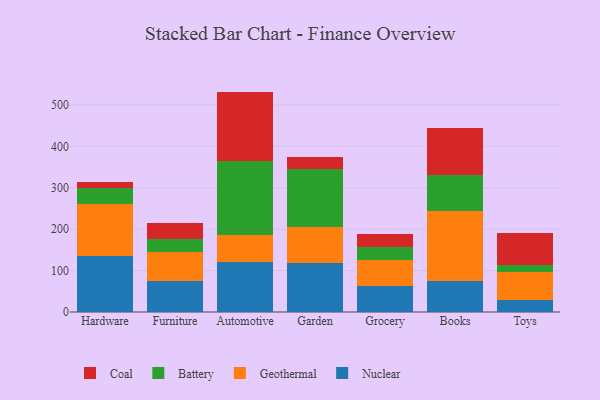
{"axis": {"x": "Category", "y": "Page Views"}, "legend": ["Battery", "Coal", "Geothermal", "Nuclear"], "data": [{"x": "Hardware", "y": 135.2, "type": "Nuclear"}, {"x": "Hardware", "y": 125.1, "type": "Geothermal"}, {"x": "Hardware", "y": 40.0, "type": "Battery"}, {"x": "Hardware", "y": 13.8, "type": "Coal"}, {"x": "Furniture", "y": 74.7, "type": "Nuclear"}, {"x": "Furniture", "y": 71.0, "type": "Geothermal"}, {"x": "Furniture", "y": 29.7, "type": "Battery"}, {"x": "Furniture", "y": 40.1, "type": "Coal"}, {"x": "Automotive", "y": 121.6, "type": "Nuclear"}, {"x": "Automotive", "y": 65.2, "type": "Geothermal"}, {"x": "Automotive", "y": 178.0, "type": "Battery"}, {"x": "Automotive", "y": 167.5, "type": "Coal"}, {"x": "Garden", "y": 117.7, "type": "Nuclear"}, {"x": "Garden", "y": 87.9, "type": "Geothermal"}, {"x": "Garden", "y": 140.7, "type": "Battery"}, {"x": "Garden", "y": 27.7, "type": "Coal"}, {"x": "Grocery", "y": 63.9, "type": "Nuclear"}, {"x": "Grocery", "y": 60.7, "type": "Geothermal"}, {"x": "Grocery", "y": 32.6, "type": "Battery"}, {"x": "Grocery", "y": 31.4, "type": "Coal"}, {"x": "Books", "y": 75.4, "type": "Nuclear"}, {"x": "Books", "y": 167.9, "type": "Geothermal"}, {"x": "Books", "y": 87.8, "type": "Battery"}, {"x": "Books", "y": 114.1, "type": "Coal"}, {"x": "Toys", "y": 29.4, "type": "Nuclear"}, {"x": "Toys", "y": 66.6, "type": "Geothermal"}, {"x": "Toys", "y": 16.6, "type": "Battery"}, {"x": "Toys", "y": 78.8, "type": "Coal"}]}